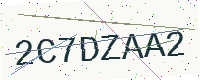
Text: 2C7DZAA2